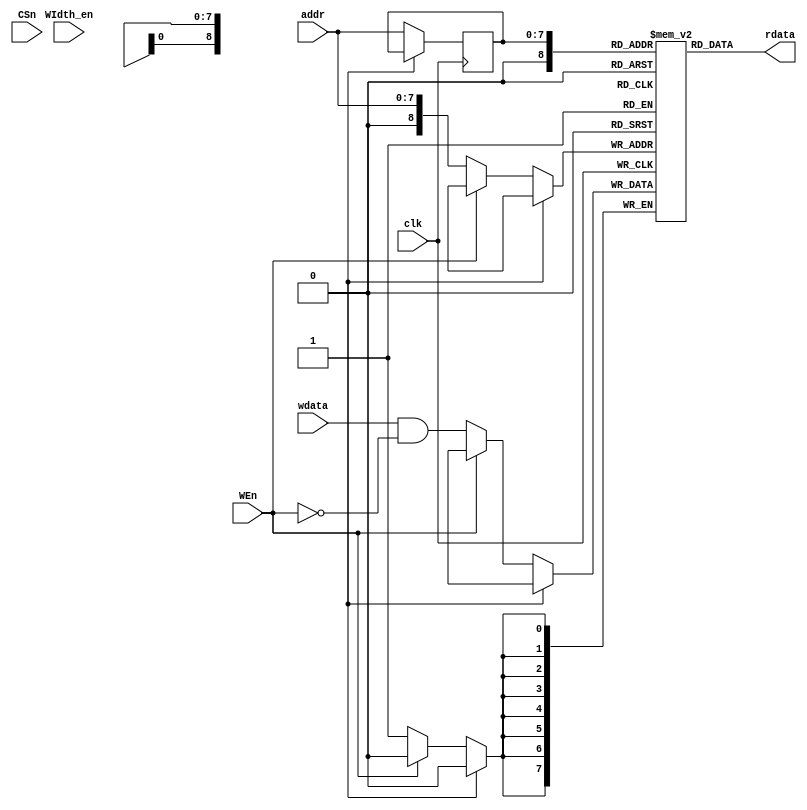
module sram_test 
#(
    parameter WIDTH = 8,
    parameter ADR = 8,
    parameter MAX = 256
)
(   
    // input
    input wire                  clk,
    input wire                  CSn,
    input wire                  WEn,
    input wire  [WIDTH-1:0]     WIdth_en,
    input wire  [ADR-1:0]       addr,
    input wire  [WIDTH-1:0]     wdata,
    // output
    output reg  [WIDTH-1:0]     rdata
);

reg [WIDTH-1:0] rmem [0:MAX];
reg [ADR-1:0]   raddr;

always @(posedge clk) begin
    if (!Csn) begin
        if(!WEn) begin
            rmem[addr] <= #1 wdata & ~WEn;
        end
        raddr <= #1 addr;
    end 
end

assign rdata = rmem[raddr];

endmodule